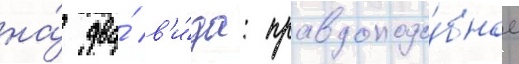
на́ два́ в'и́да: правдоподо́бное